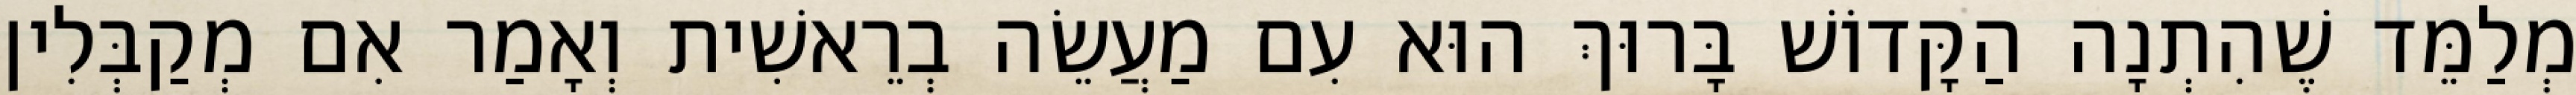
מְלַמֵּד שֶׁהִתְנָה הַקָּדוֹשׁ בָּרוּךְ הוּא עִם מַעֲשֵׂה בְרֵאשִׁית וְאָמַר אִם מְקַבְּלִין